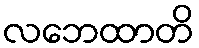
လဘေထာတိ